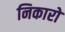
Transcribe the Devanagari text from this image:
निकारो